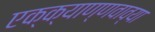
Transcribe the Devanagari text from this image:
एक्क्याण्णवाव्या